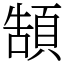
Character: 頶